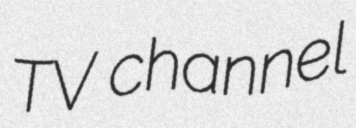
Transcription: TV channel